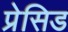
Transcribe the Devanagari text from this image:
प्रेसिड